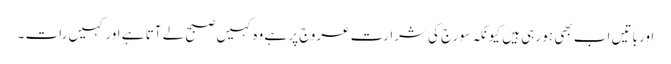
اور باتیں اب بھی ہو رہی ہیں کیونکہ سورج کی شرارت عروج پر ہے وہ کہیں صبح لے آتا ہے اور کہیں رات ۔